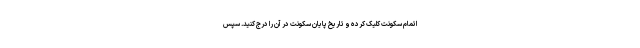
اتمام سکونت کلیک کرده و تاریخ پایان سکونت در آن را درج کنید. سپس